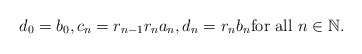
\begin{align*}d_0=b_0,c_n=r_{n-1}r_n a_n,d_n=r_n b_n\mbox{for all $n\in \mathbb{N}$.}\end{align*}